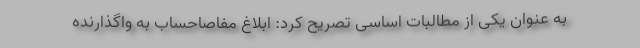
به عنوان یکی از مطالبات اساسی تصریح کرد: ابلاغ مفاصاحساب به واگذارنده